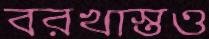
বরখাস্তও